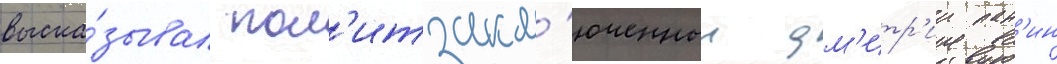
выска́зывал пол'итзакл'юченныи дм'итр'ии пан'ин